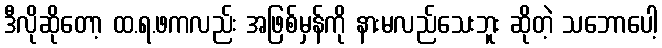
ဒီလိုဆိုတော့ ထ.ရ.ဖကလည်း အဖြစ်မှန်ကို နားမလည်သေးဘူး ဆိုတဲ့ သဘောပေါ့